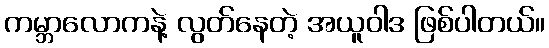
ကမ္ဘာလောကနဲ့ လွတ်နေတဲ့ အယူဝါဒ ဖြစ်ပါတယ်။